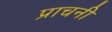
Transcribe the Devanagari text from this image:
प्राचनी